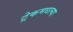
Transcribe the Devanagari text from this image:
ट्रेकमधल्या